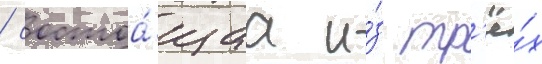
/ состоа́щаа и́з тр'ё́х